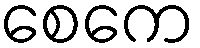
စေကေ